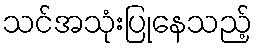
သင်အသုံးပြုနေသည့်